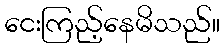
ငေးကြည့်နေမိသည်။